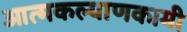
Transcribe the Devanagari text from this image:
आत्मकल्याणकामी